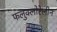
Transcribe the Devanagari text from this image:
फलुक्‍लोरेलीन